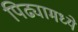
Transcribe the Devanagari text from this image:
पिढ्यामध्ये